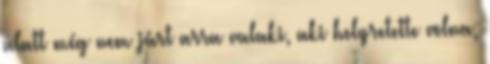
alatt még nem járt arra valaki, aki helyretette volna,